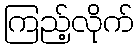
ကြည့်လိုက်